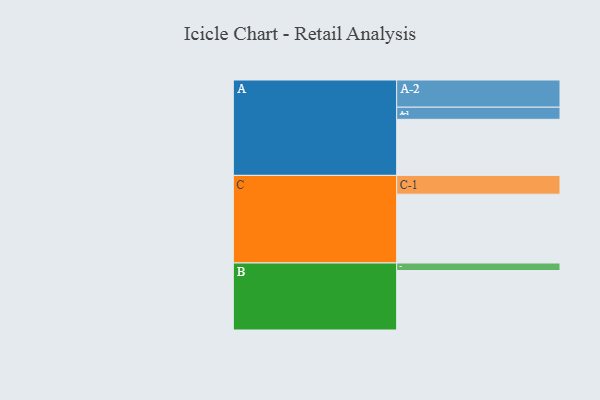
{"axis": {"x": "Segment", "y": "Value"}, "legend": ["", "A", "B", "C"], "data": [{"x": "A", "y": 462, "type": ""}, {"x": "B", "y": 490, "type": ""}, {"x": "C", "y": 567, "type": ""}, {"x": "A-1", "y": 100, "type": "A"}, {"x": "A-2", "y": 224, "type": "A"}, {"x": "B-1", "y": 62, "type": "B"}, {"x": "C-1", "y": 155, "type": "C"}]}